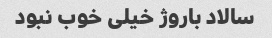
سالاد باروژ خیلی خوب نبود